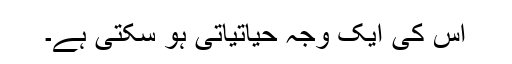
اس کی ایک وجہ حیاتیاتی ہو سکتی ہے۔